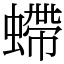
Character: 螮